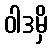
ဝါဒမှိ